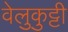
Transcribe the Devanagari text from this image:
वेलुकुट्टी